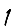
Digit: 1